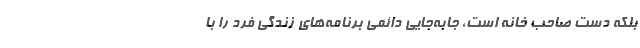
بلکه دست صاحب خانه است، جابه‌جایی دائمی برنامه‌های زندگی فرد را با